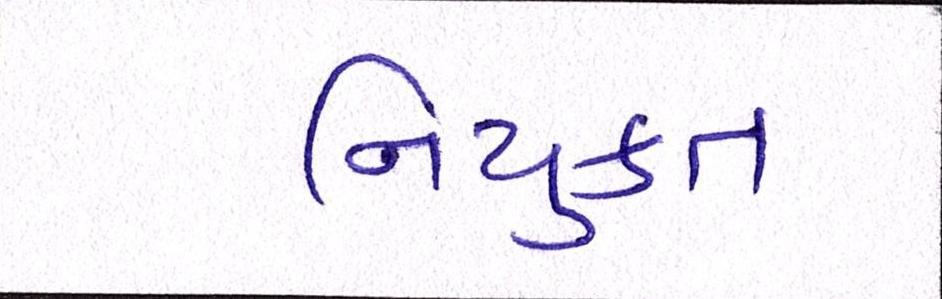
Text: નિયુકત